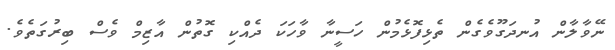
ނޭވާލާން އުނދަގޫވެގެން ތެޅިފޮޅެމުން ހަސީނާ ވާހަކަ ދެއްކި ގޮތުން އާޒިމް ވެސް ބިރުގަތެވެ.